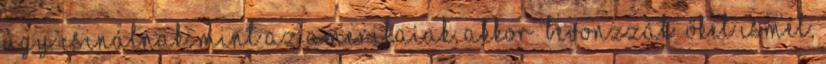
úgy csinálnak, mint az amerikaiak, akkor „bevonzzák” őket ismét,